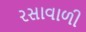
રસાવાળી